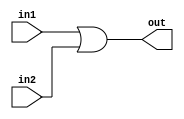
module bit32OR (out,in1,in2);
 input [31:0] in1,in2;
 output [31:0] out;
 assign {out}=in1 |in2;
endmodule